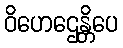
ဝိဟေဌေန္တိပေ